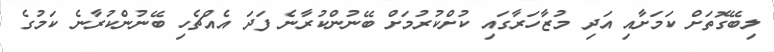
ލިބޭގޮތަށް ކަމަށާއި އަދި މުޒާހަރާގައި ކުށްކުރުމަށް ބޭނުންކުރާނެ ފަދަ އެއްޗެހި ބޭނުންކުރާނެ ކަމުގެ